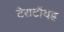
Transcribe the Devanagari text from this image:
टेराटॉयड